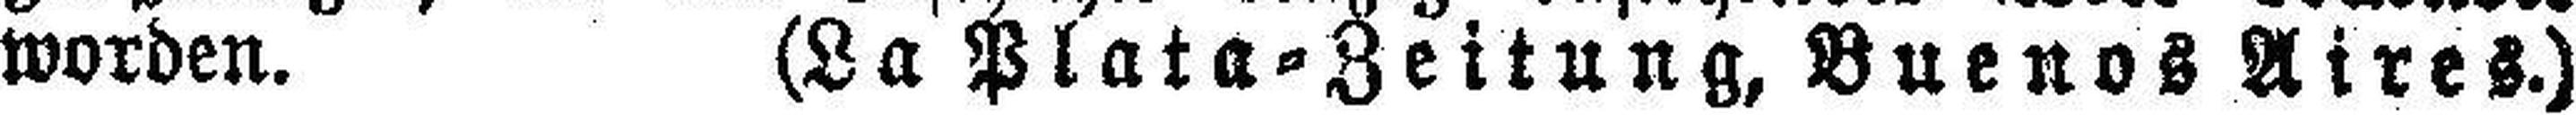
worden. (La Plata=Zeitung, Buenos Aires.)